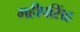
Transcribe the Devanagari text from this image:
महीपसिंह